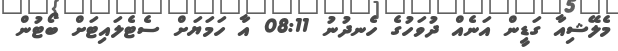
މެލޭޝިއާ ގަޑީން އަނެއް ދުވަހުގެ ހެނދުނު 08:11 އާ ހަމަޔަށް ސެޓެލައިޓަށް ބޯޓުން